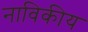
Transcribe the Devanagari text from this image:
नाविकीय